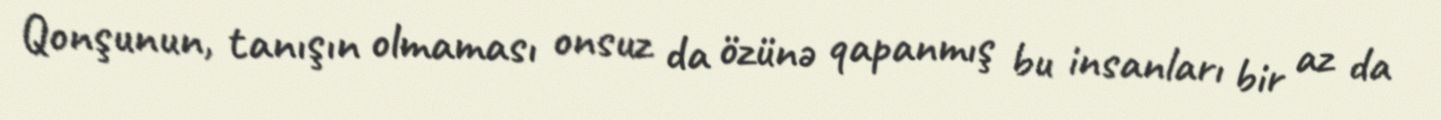
Qonşunun, tanışın olmaması onsuz da özünə qapanmış bu insanları bir az da